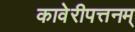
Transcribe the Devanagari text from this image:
कावेरीपत्तनम्